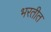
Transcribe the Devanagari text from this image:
भरतीत